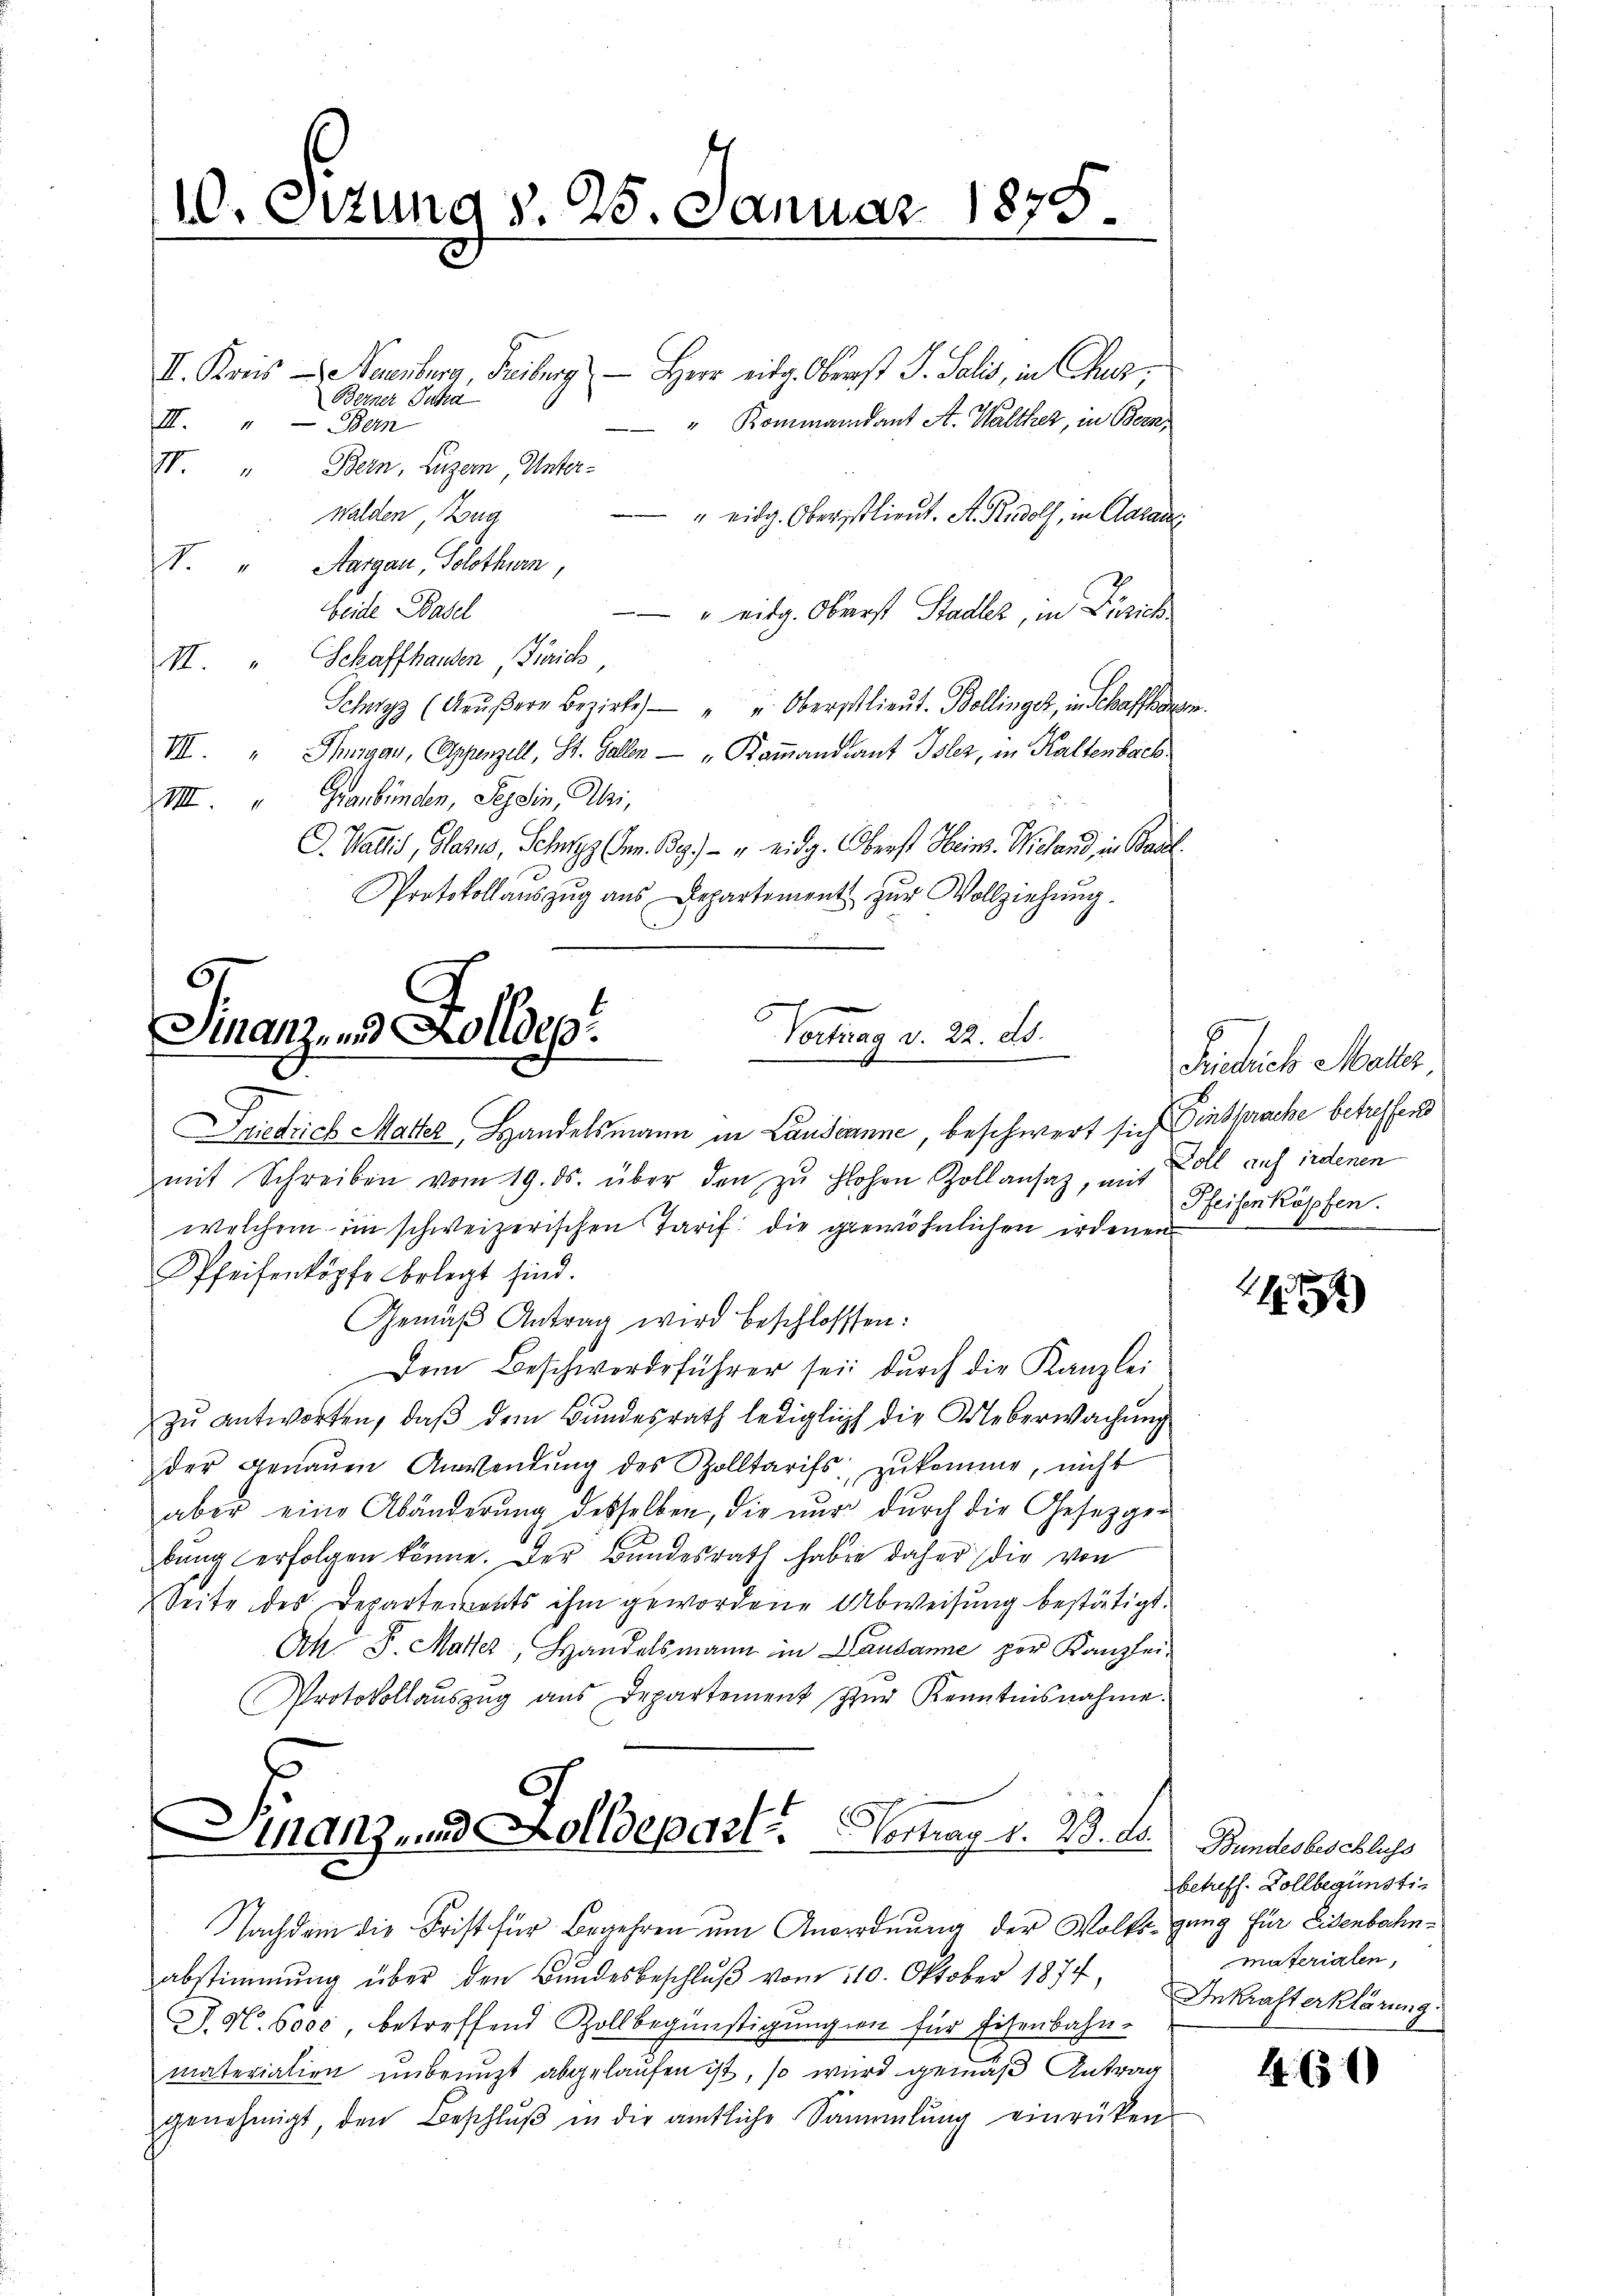
II. Kreis aenburg, Freiberg - Herr eidg. Oberst S. Salis, in Chur,
Berner Jucha
" Kommandant A. Walther, in Bern,
III. „ — Bern
II. " Bern, Luzern, Unter-
Walden Zug
" eidg. Oberstlieut. A. Rudolf, in Aarau
V. " Aargau, Solothurn,
beide Basel
" eidg. Oberst Stadler, in Zürich
II " Schaffhausen, Zürich,
Schwyz (Aŭβern Bezirke " " Oberschlieŭt. Bollinger, in Schaffhausen.
VII. " Thurgau, Appenzell, St. Gallen „Kaṁandant Isler, in Kaltenbach
VIII. " Graubünden, Tessin, Abri,
C. Wallis, Glarus, Schwyz (den Bey) - u. eidg. Oberst Heim. Wieland, in Basl.
Protokollaŭszŭg aŭs Departement zŭr Vollziehŭng.
61

10. Sitzung d. 25. Januar 1878
e

.
e
s
Vortrag v. 22. d.
Finanz, und Kolldep

Derdrich Matter Handelsmann in Landeanne beschwert sich Einsprache betreffend
mit Schreiben vom 19. ds. über den zŭ flohen Zollansaz, mit
welchem im schweizerischen Tarif die gewöhnlichen ordenen
Pfeifenköpfe belegt sind.
Gemäβ Antrag wird beschlossen:
Dem Beschwerdeführer sei durch die Kanzlei
zŭ antworten, daβ dem Bŭndesrath lediglich die Ueberwachŭng
der genauen Anwendŭng des Zolltarifs, zukomme, nicht
aber eine Abänderŭng desselben, die nŭr dŭrch die Gesetzger
bung erfolgen könne. Der Bundesrath haben daher die von
Seite des Departements ihm gewordene Abweisung bestätigt.
Ah. G. Marser, Handelsmann in Landamne por Kanzlei-
Protokollaŭszŭg aŭs Departement zŭr Kenntnisnahme.
Finanz- und Kolldepart. Vortrag v. 23. ds.

Nachdem die Frist für Begehren um Anordnung der Volksgang für Eisenbachn¬

abstimmung über den Bŭndesbeschlŭβ vom 110. Oktober 1874, Inkrafterklärung.
J. H. Boos, betreffend Zollbegünstigung in für Eisenbahn-
materialien unbenuzt abgelaufen ist, so wird gemäß Antrag
genehmigt, den Beschlŭβ in die amtliche Sammlung einrücken

Pichlich Mater,
Zoll auf indenen
Pfeisenköpfen.

1

Bundesbeschluss
betreff. Vollbegünsti-
materialen,

460